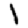
Digit: 1